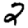
Digit: 2